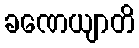
ခဏေယျာတိ